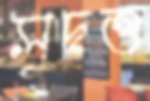
সুদত্ত